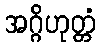
အဂ္ဂိဟုတ္တံ